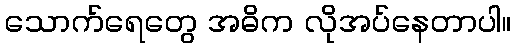
သောက်ရေတွေ အဓိက လိုအပ်နေတာပါ။